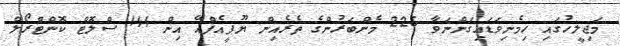
މަޖިލީހުގައި ހިމެނިވަޑައިގަންނަވާ 225 މެންބަރުންގެ ތެރެއިން ޔޫޕީއެފްއޭ އިން 144 ސްލޮޓް ކޮންޓްރޯލް